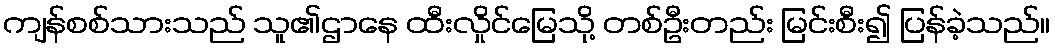
ကျန်စစ်သားသည် သူ၏ဌာနေ ထီးလှိုင်မြေသို့ တစ်ဦးတည်း မြင်းစီး၍ ပြန်ခဲ့သည်။